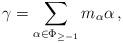
LaTeX: \begin{align*}\gamma = \sum_{\alpha \in \Phi_{\geq -1}} m_\alpha \alpha \, ,\end{align*}